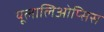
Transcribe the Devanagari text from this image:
यूलालिओप्सिस